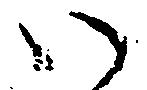
い